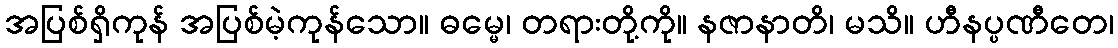
အပြစ်ရှိကုန် အပြစ်မဲ့ကုန်သော။ ဓမ္မေ၊ တရားတို့ကို။ နဇာနာတိ၊ မသိ။ ဟီနပ္ပဏီတေ၊